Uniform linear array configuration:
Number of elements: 32
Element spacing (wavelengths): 1
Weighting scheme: blackman
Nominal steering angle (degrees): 30
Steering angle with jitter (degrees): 28.111
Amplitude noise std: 0.05
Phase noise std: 0.05

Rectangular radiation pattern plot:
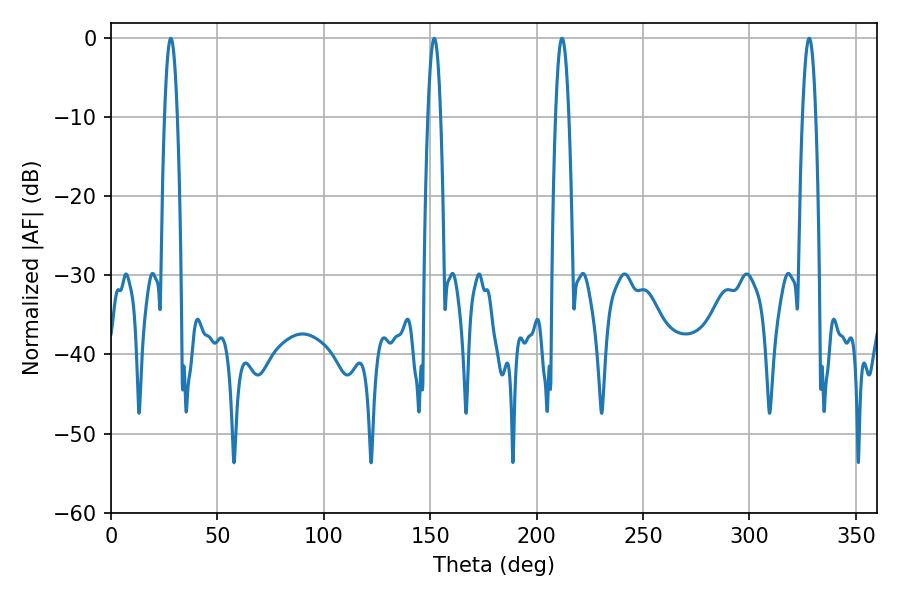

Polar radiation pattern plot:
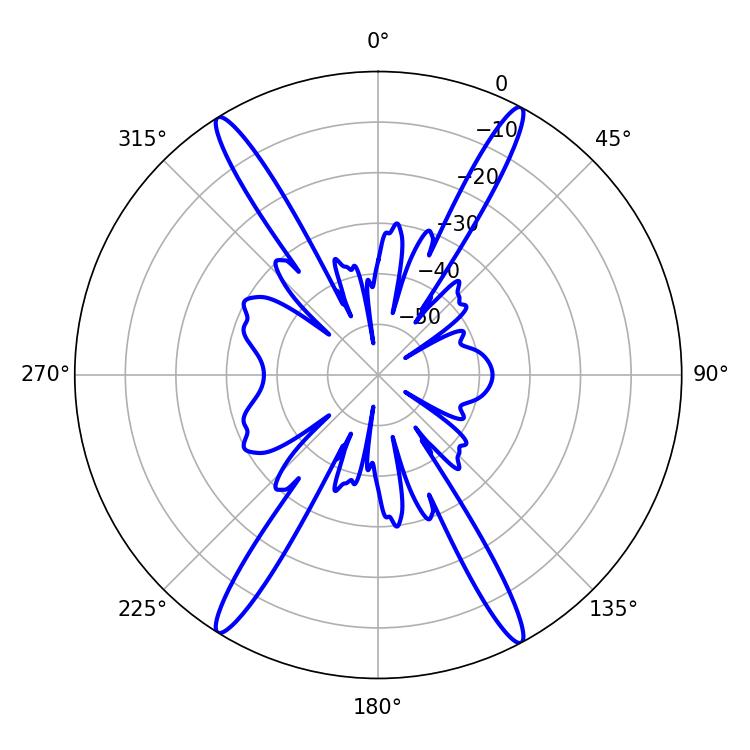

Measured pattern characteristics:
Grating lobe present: TRUE
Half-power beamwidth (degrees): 3.24
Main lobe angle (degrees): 28.08